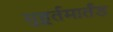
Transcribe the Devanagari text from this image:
मुहूर्तमार्तंड